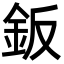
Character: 鈑